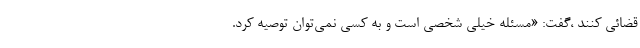
قضائی کنند ،گفت: «مسئله خیلی شخصی است و به کسی نمی‌توان توصیه کرد.